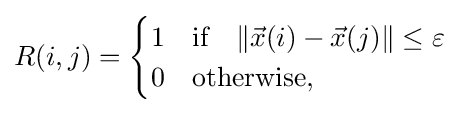
R(i,j)={\begin{cases}1&{\text{if}}\quad \|{\vec {x}}(i)-{\vec {x}}(j)\|\leq \varepsilon \\0&{\text{otherwise}},\end{cases}}